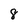
Character: 8